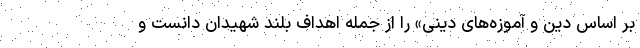
بر اساس دین و آموزه‌های دینی» را از جمله اهداف بلند شهیدان دانست و